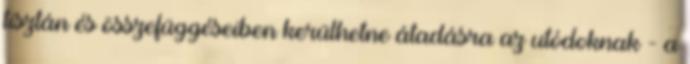
tisztán és összefüggéseiben kerülhetne átadásra az utódoknak - a